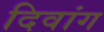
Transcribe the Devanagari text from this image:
दिवांग